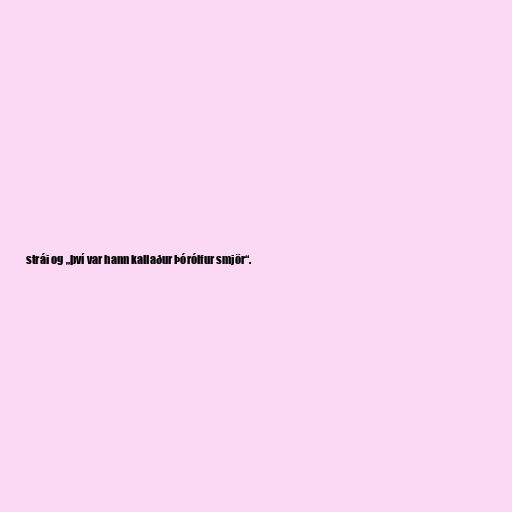
strái og „því var hann kallaður Þórólfur smjör“.